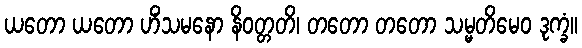
ယတော ယတော ဟိံသမနော နိဝတ္တတိ၊ တတော တတော သမ္မတိမေဝ ဒုက္ခံ။